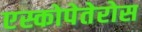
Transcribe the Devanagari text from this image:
एस्कोपेतेरोस